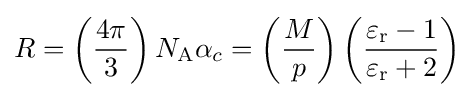
R={\displaystyle \left({\frac {4\pi }{3}}\right)N_{\text{A}}\alpha _{c}=\left({\frac {M}{p}}\right)\left({\frac {\varepsilon _{\mathrm {r} }-1}{\varepsilon _{\mathrm {r} }+2}}\right)}